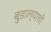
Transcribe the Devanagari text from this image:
बुडाल्याची